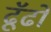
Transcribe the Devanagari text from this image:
ढूॅढो